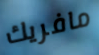
مافريك